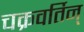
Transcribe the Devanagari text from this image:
चक्रवर्तिन्